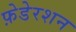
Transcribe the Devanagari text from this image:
फ़ेडेरशन